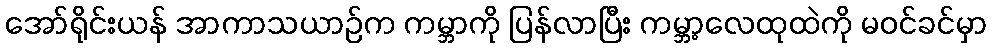
အော်ရိုင်းယန် အာကာသယာဉ်က ကမ္ဘာကို ပြန်လာပြီး ကမ္ဘာ့လေထုထဲကို မဝင်ခင်မှာ